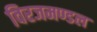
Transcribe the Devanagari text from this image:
विरजमण्डल